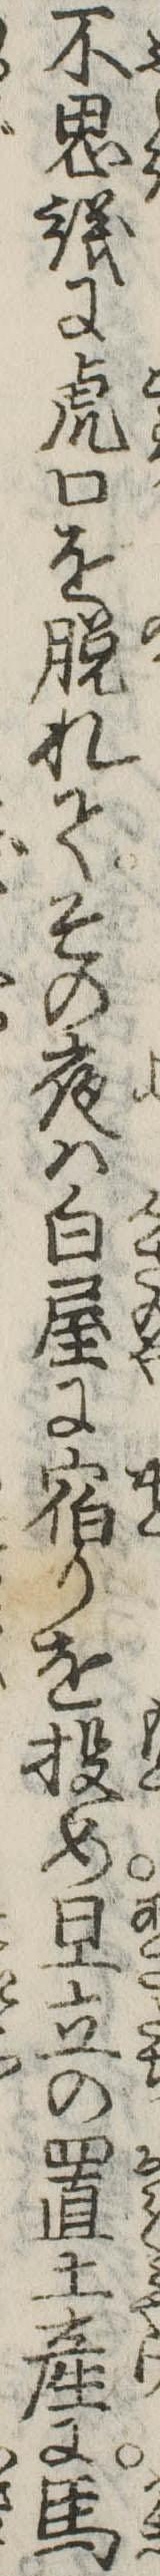
不思議に虎口を脱れてその夜は白屋に宿りを投め旦立の置土産に馬